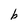
Character: b